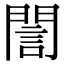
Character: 誾